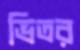
ভিতর